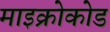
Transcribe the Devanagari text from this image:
माइक्रोकोड